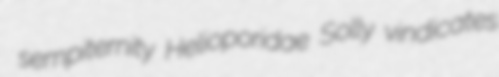
sempiternity Helioporidae Solly vindicates